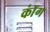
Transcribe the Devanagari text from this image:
कॉंग